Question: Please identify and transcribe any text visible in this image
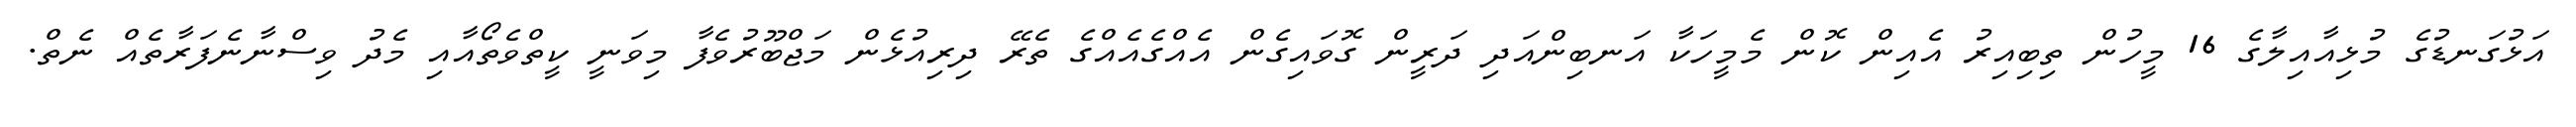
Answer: އަޅުގަނޑުގެ މުޅިއާއިލާގެ 16 މީހުން ތިބިއިރު އެއިން ކޮން މެމީހަކާ އަނބިންއަދި ދަރީން ގޮވައިގެން އެއްގެއެއްގެ ތެރޭ ދިރިއުޅެން މަޖްބޫރުވެފާ މިވަނީ ކީތްވެތޯއާއި މެދު ވިސްނާނެފަރާތެއް ނެތް.